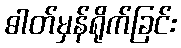
ဓါတ်မှန်ရိုက်ခြင်း